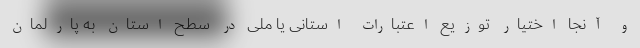
و آنجا اختیار توزیع اعتبارات استانی یا ملی در سطح استان به پارلمان